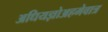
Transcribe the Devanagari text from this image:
अधियज्ञोअहमेवात्र